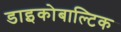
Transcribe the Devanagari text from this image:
डाइकोबाल्टिक